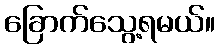
ခြောက်သွေ့ရမယ်။